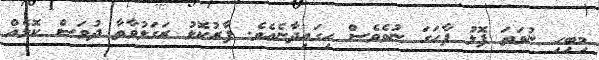
މިބިހި ނުވަތަ ފޮޅު ފާހަގަ ނުވެވެސް ހިގައިދާނެއެވެ. ފާރުކޮޅު ރަގަޅުވާތާ ދުވަސް ކޮޅެއް